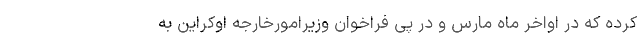
کرده‌ که در اواخر ماه مارس و در پی فراخوان وزیرامورخارجه اوکراین به